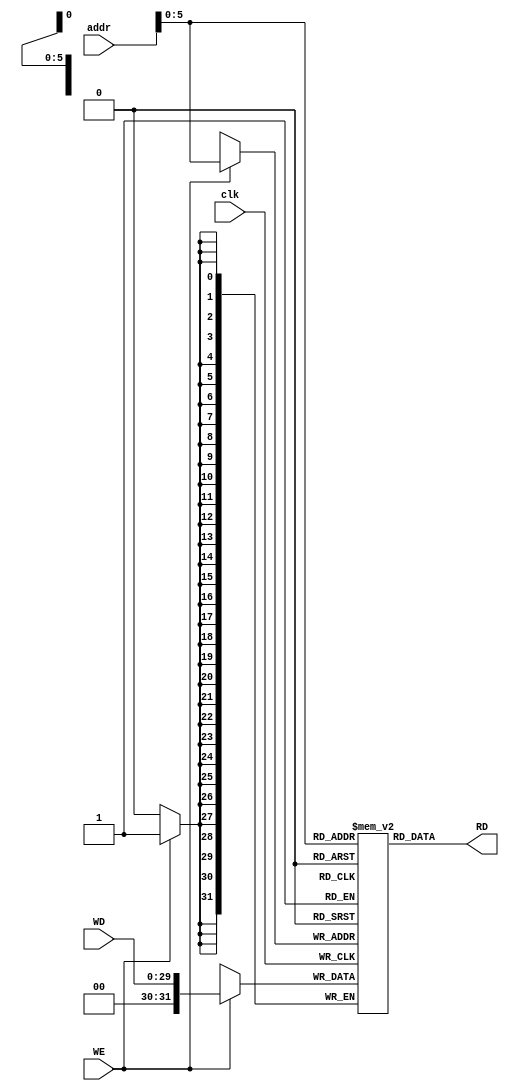
module dataMEM(
input [29:0] addr,WD,
input WE,clk,
output [31:0]RD
);

reg [31:0] mem[63:0];
always @(posedge clk)
begin
	if(WE)
		mem[addr]<= WD;
end
assign RD = mem[addr];
endmodule